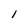
Character: 1